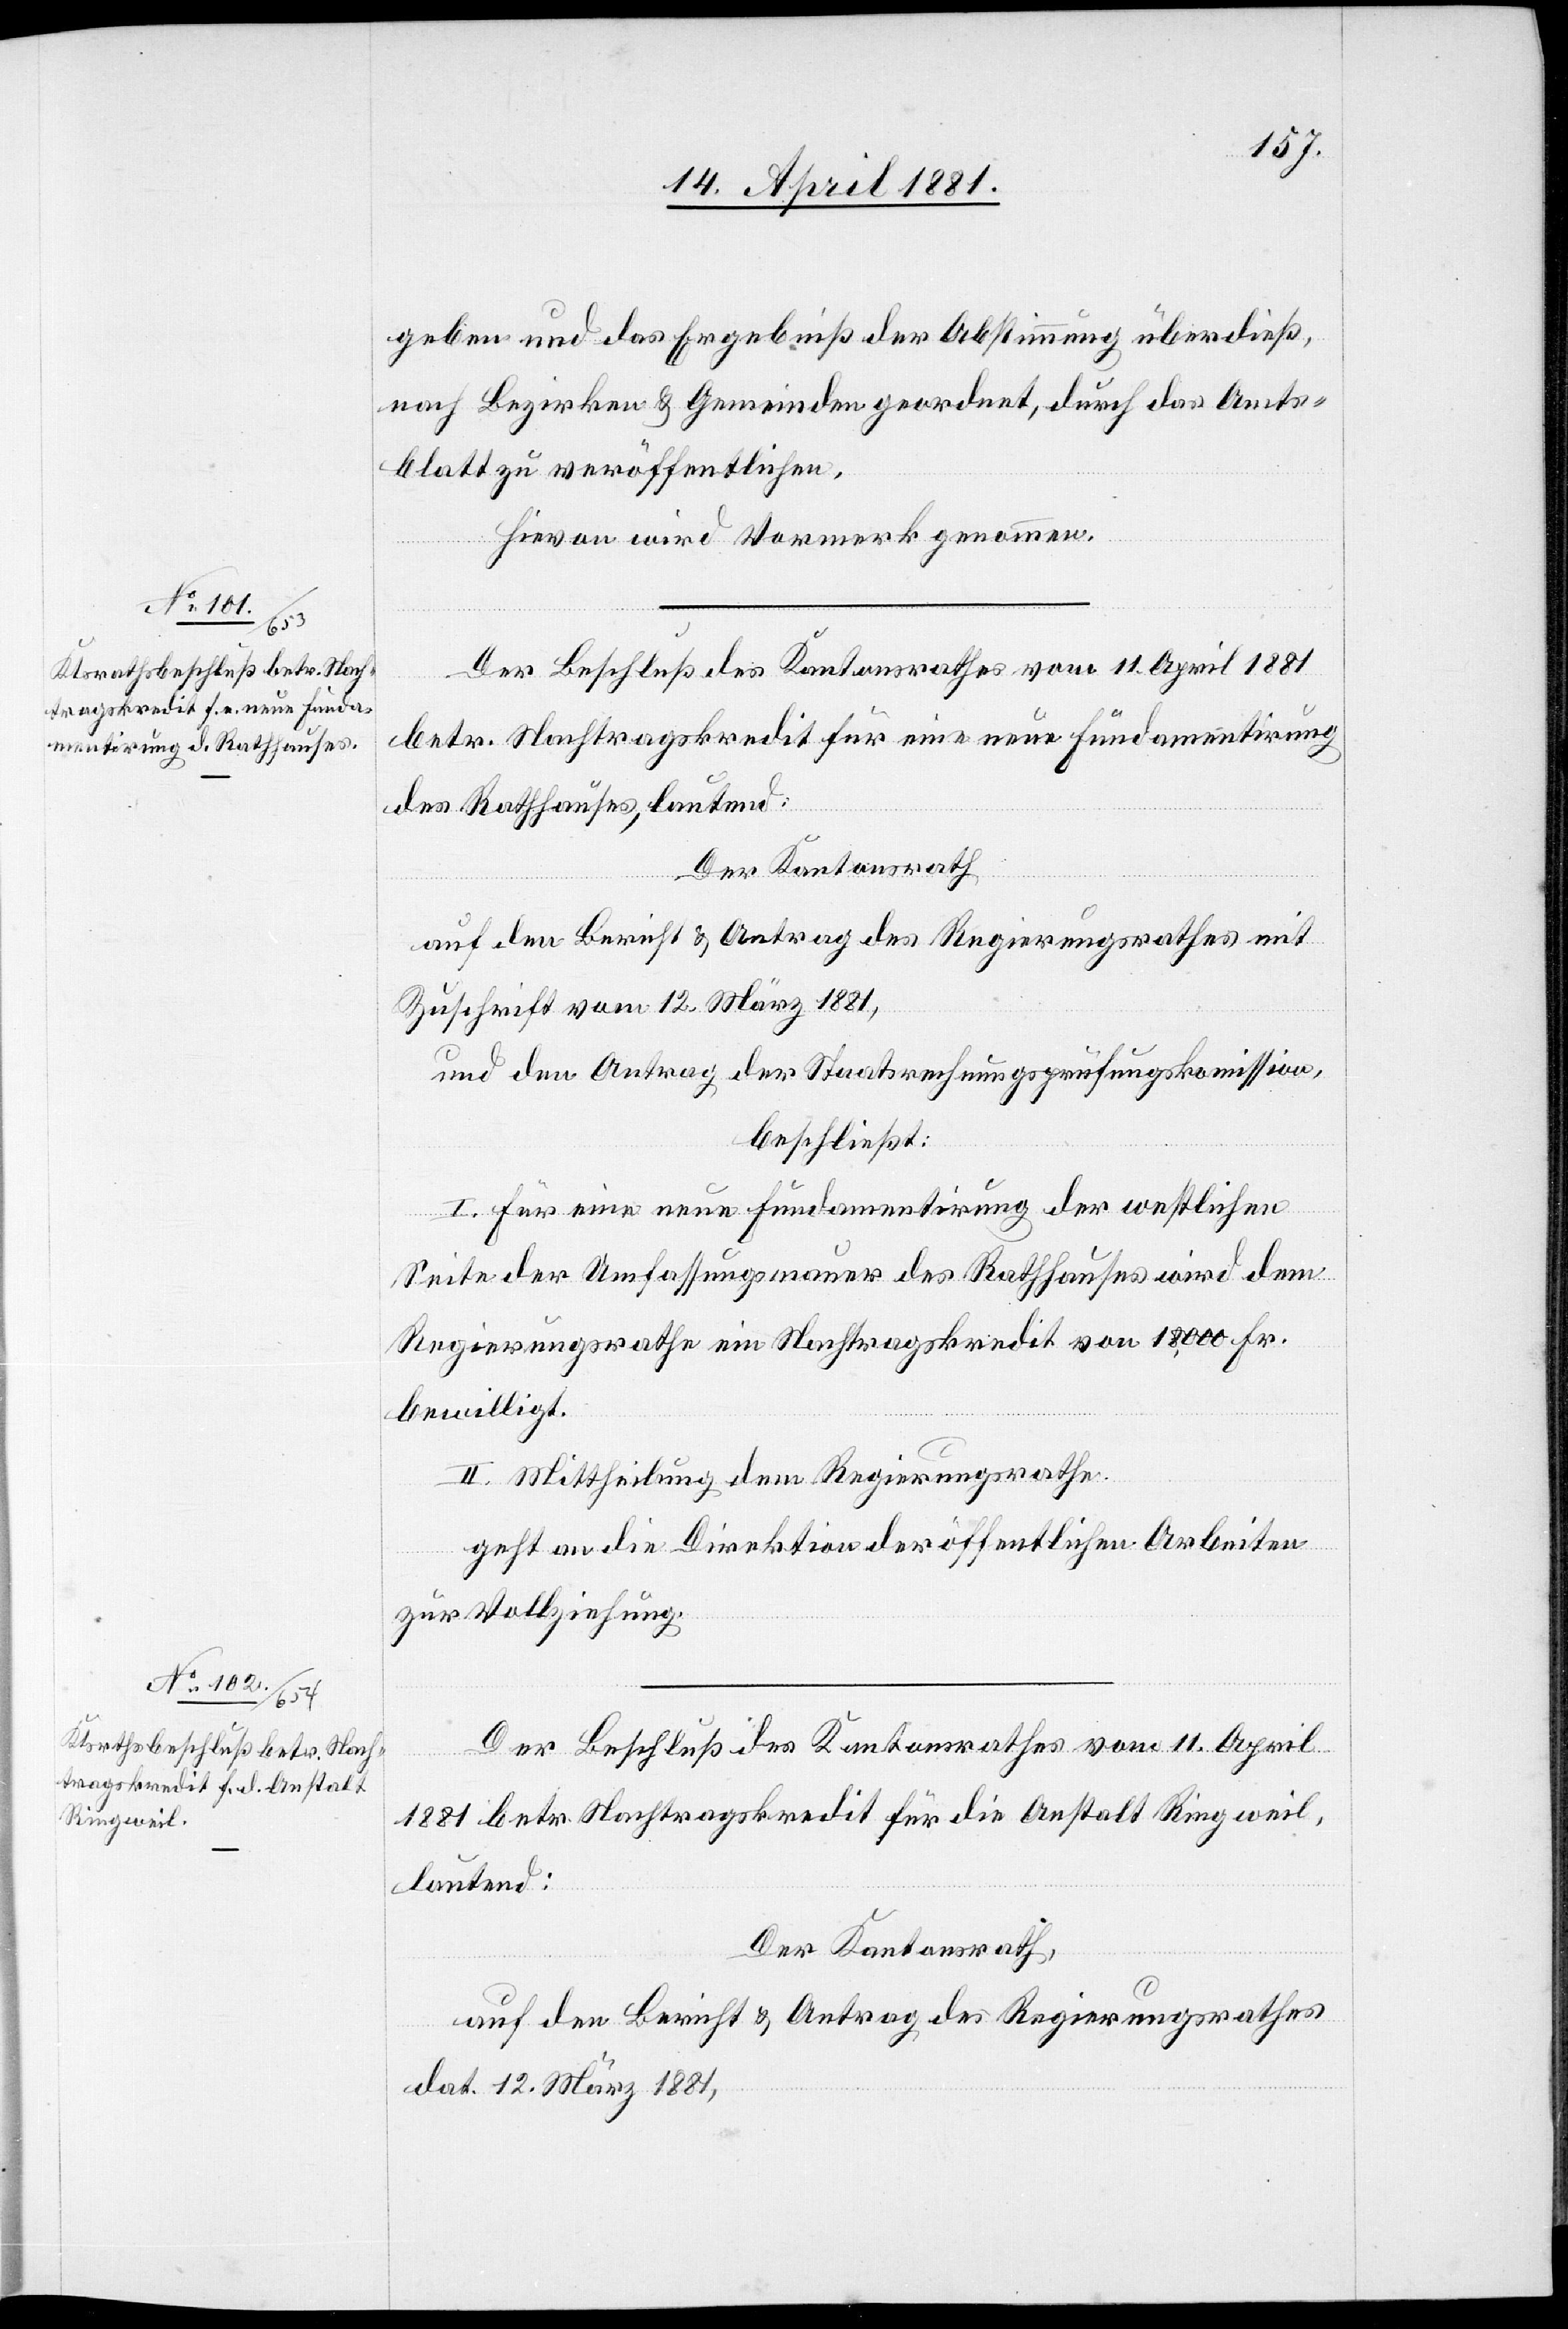
geben und das Ergebniß der Abstimmung überdieß,
nach Bezirken & Gemeinden geordnet, durch das Amts¬
blatt zu veröffentlichen.
Hievon wird Vormerk genommen.
Der Beschluß des Kantonsrathes vom 11. April 1881
betr. Nachtragskredit für eine neue Fundamentirung
des Rathhauses, lautend:
Der Kantonsrath,
auf den Bericht & Antrag des Regierungsrathes mit
Zuschrift vom 12. März 1881,
und dem Antrag der Staatsrechnungsprüfungskomission,
beschließt:
I. Für eine neue Fundamentirung der westlichen
Seite der Umfassungsmauer des Rathhauses wird dem
Regierungsrathe ein Nachtragskredit von 18,000 Fr.
bewilligt.
II. Mittheilung dem Regierungsrathe.
geht an die Direktion öffentlichen Arbeiten
zur Vollziehung.
Der Beschluß des Kantonsrathes vom 11. April
1881 betr. Nachtragskredit für die Anstalt Ringweil
lautend:
Der Kantonsrath,
auf den Bericht & Antrag des Regierungsrathes
dat. 12 März 1881,